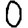
Digit: 0